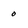
Character: 0